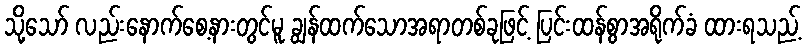
သို့သော် လည်းနောက်စေ့နားတွင်မူ ချွန်ထက်သောအရာတစ်ခုဖြင့် ပြင်းထန်စွာအရိုက်ခံ ထားရသည့်